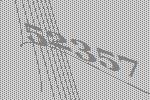
52357